Insane asylums in Bengal annual reports 1867-1875 - 1867-1875
Year: 1867
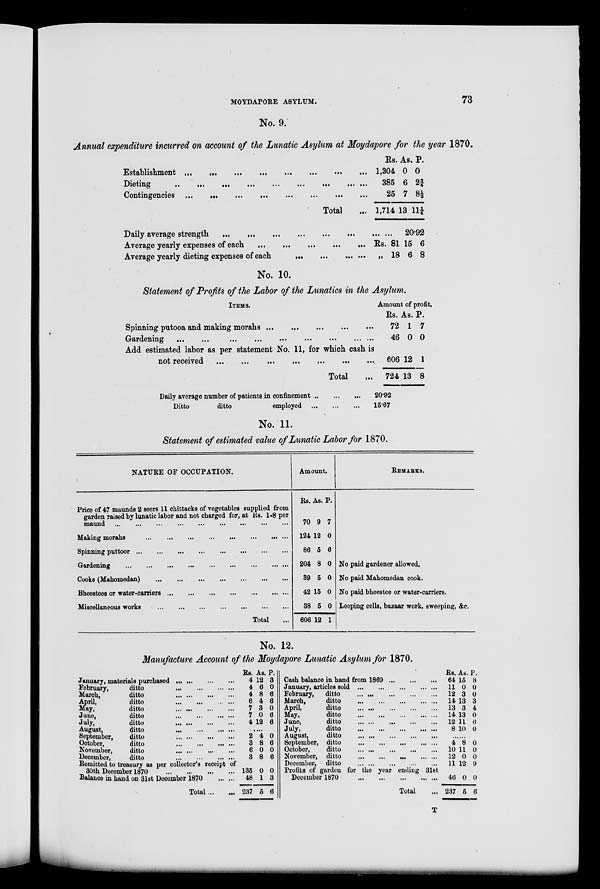
MOYDAPORE ASYLUM.
73
No. 9.
Annual expenditure incurred on account of the Lunatic Asylum at Moydapore for the year 1870.
Establishment ...
...
...
...
...
...
...
...
Dieting
...
...
...
...
...
...
...
...
Contingencies
...
...
...
...
...
...
...
...
Total ...
Daily average strength ... ... ... ... ... ... ... ...
Average yearly expenses of each ... ... ... ... ... ...
Average yearly dieting expenses of each ... ... ... ...
Rs.
1,304
385
25
1,714
... ...
Rs. 81
„ 18
As.
0
6
7
13
P.
0
2¾
8½
11¼
20.92
15
6
6
8
No. 10.
Statement of Profits of the Labor of the Lunatics in the Asylum.
ITEMS.
Spinning putooa and making morahs
...
...
...
...
...
Gardening
...
...
...
...
...
...
...
...
...
Add estimated labor as per Statement No. 11, for which cash is
not received ... ... ... ... ... ... ... ... ... ... ... ...
Total ...
Daily average number of patients in confinement ...
...
...
Ditto
ditto
employed
...
...
...
Amount of profit.
Rs.
72
46
606
724
As.
1
0
12
13
P.
7
0
1
8
20.92
15.67
No. 11.
Statement of estimated value of Lunatic Labor for 1870.
NATURE OF OCCUPATION.
Price of 47 maunds 2 seers 11 chittacks of vegetables supplied from
garden raised by lunatic labor and not charged for, at Rs. 1.8 per
maund
...
...
...
...
...
...
...
...
...
Making morahs
...
...
...
...
...
...
...
...
Spinning puttoor
...
...
...
...
...
...
...
...
Gardening
...
...
...
...
...
...
...
...
...
...
Cooks (Mahomedan)
...
...
...
...
...
...
...
Bheestees or water-carriers
...
...
...
...
...
...
Miscellaneous works
...
...
...
...
...
...
...
Total ...
Amount.
Rs.
70
124
86
204
39
42
38
606
As.
9
12
5
8
5
15
5
12
P.
7
0
6
0
0
0
0
1
REMARKS.
No paid gardener allowed.
No paid Mahomedan cook.
No paid bheestee or water-carriers.
Leeping cells, bazaar work, sweeping, &c.
No. 12.
Manufacture Account of the Moydapore Lunatic Asylum for 1870.
January, materials purchased
...
...
...
...
February,
ditto
...
...
...
...
March,
ditto
...
...
...
...
April,
ditto
...
...
...
...
May,
ditto
...
...
...
...
June,
ditto
...
...
...
...
July,
ditto
...
...
...
...
August,
ditto
...
...
...
...
September,
ditto ... ... ... ...
October,
ditto
...
...
...
...
November,
ditto
...
...
...
...
December,
ditto
...
...
...
...
Remitted to treasury as per collector's receipt of
30th December 1870
...
...
...
...
Balance in hand on 31st December 1870 ... ...
Total ... ...
Rs.
4
4
4
6
7
7
4
As.
12
6
8
4
3
0
12
P.
3
0
6
6
0
6
6
.......
2
3
6
3
135
48
237
4
8
0
8
0
1
5
0
6
0
6
0
3
6
Cash balance in hand from 1869
...
...
...
January, articles sold
...
...
...
...
...
February,
ditto
...
...
...
...
...
March,
ditto
...
...
...
...
...
April,
ditto
...
...
...
...
...
May,
ditto
...
...
...
...
...
June,
ditto
...
...
...
...
...
July,
ditto
...
...
...
...
...
August,
ditto
...
...
...
...
...
September, ditto
...
...
...
...
...
October,
ditto
...
...
...
...
...
November, ditto
...
...
...
...
...
December, ditto
...
...
...
...
...
Profits of garden for the year ending 31 st
December 1870
...
...
...
...
...
Total ...
Rs.
64
11
12
14
13
14
12
8
As
15
0
3
13
3
13
11
10
P.
8
0
0
3
4
0
6
0
.......
4
10
12
11
46
237
8
11
0
12
0
5
0
0
0
9
0
6
T